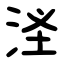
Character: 㳗